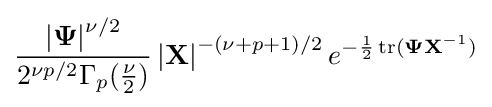
{\frac {\left|\mathbf {\Psi } \right|^{\nu /2}}{2^{\nu p/2}\Gamma _{p}({\frac {\nu }{2}})}}\left|\mathbf {X} \right|^{-(\nu +p+1)/2}e^{-{\frac {1}{2}}\operatorname {tr} (\mathbf {\Psi } \mathbf {X} ^{-1})}